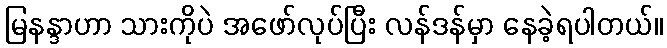
မြနန္ဒာဟာ သားကိုပဲ အဖော်လုပ်ပြီး လန်ဒန်မှာ နေခဲ့ရပါတယ်။